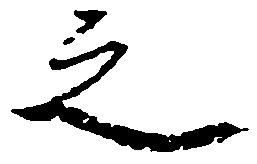
之